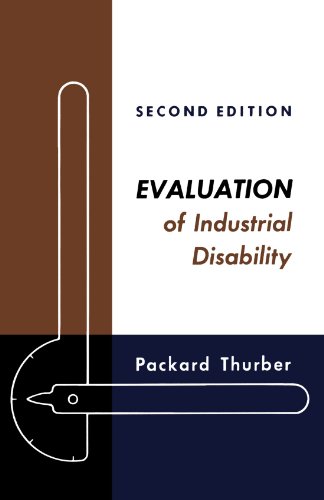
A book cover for Evaluation of Industrial Disability: Prepared by the Committee of the California Medical Association and Industrial Accident Commission of the State ... of Joint Measures in Industrial Injury Cases.; Law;